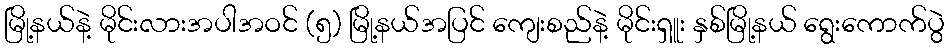
မြို့နယ်နဲ့ မိုင်းလားအပါအဝင် (၅) မြို့နယ်အပြင် ကျေးစည်နဲ့ မိုင်းရှူး နှစ်မြို့နယ် ရွေးကောက်ပွဲ